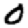
Digit: 0